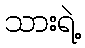
သားရဲ့